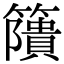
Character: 𥶐